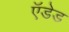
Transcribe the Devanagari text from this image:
ऍडेड